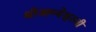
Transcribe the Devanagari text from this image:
श्रीआम्बेश्वरजी